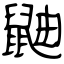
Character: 鼬